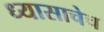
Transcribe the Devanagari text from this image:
ध्यासाचेच